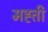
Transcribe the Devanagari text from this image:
मह्ती